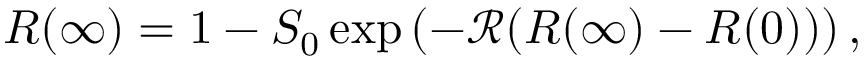
R ( \infty ) = 1 - S _ { 0 } \exp \left( - \mathcal { R } ( R ( \infty ) - R ( 0 ) ) \right) ,